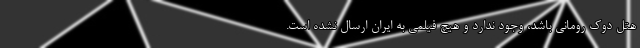
هتل دوک رومانی باشد، وجود ندارد و هیچ فیلمی به ایران ارسال نشده است.